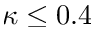
\kappa \leq 0 . 4